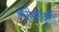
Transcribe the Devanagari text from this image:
शरीरविकृति